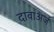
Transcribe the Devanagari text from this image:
दावाअर्ज